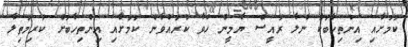
ކަމަށާއި އިންތިހާބަކާ ނުލާ ރައީސް ޔާމީން ހުވާ ކުރައްވާނެ ކަމަށާއި އިންތިހާބަށް ކުރިމަތިލާ